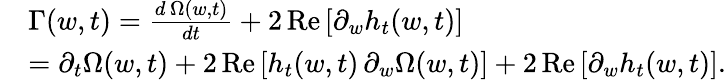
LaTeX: \begin{array}{rl}&{\Gamma(w,t)=\frac{d\, {\Omega}(w,t)}{dt}+2\, \mathrm{Re}\left[\partial_{w}h_{t}(w,t)\right]}\\ &{=\partial_{t}\Omega(w,t)+2\, \mathrm{Re}\left[h_{t}(w,t)\, \partial_{w}\Omega(w,t)\right]+2\, \mathrm{Re}\left[\partial_{w}h_{t}(w,t)\right].}\end{array}